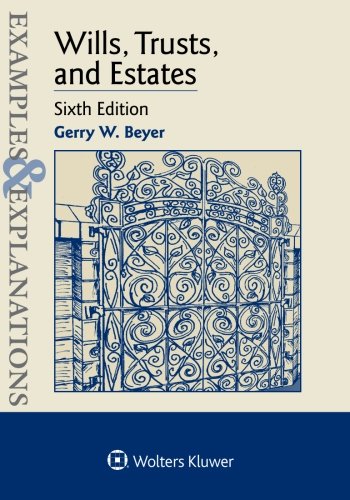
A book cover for Examples & Explanations: Wills Trusts & Estates; Gerry W. Beyer; Law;